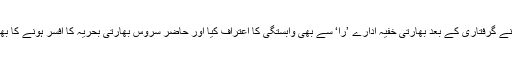
کلبھوشن یادو نے گرفتاری کے بعد بھارتی خفیہ ادارے ’را‘ سے بھی وابستگی کا اعتراف کیا اور حاضر سروس بھارتی بحریہ کا افسر ہونے کا بھی اعتراف کیا۔